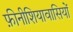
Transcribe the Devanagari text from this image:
फ़ीनीशियावासियों